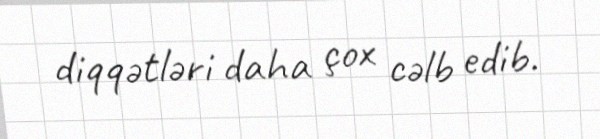
diqqətləri daha çox cəlb edib.